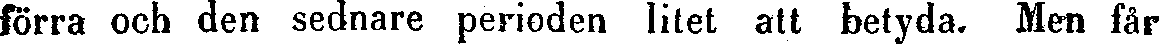
förra och den sednare perioden litet att betyda. Men får